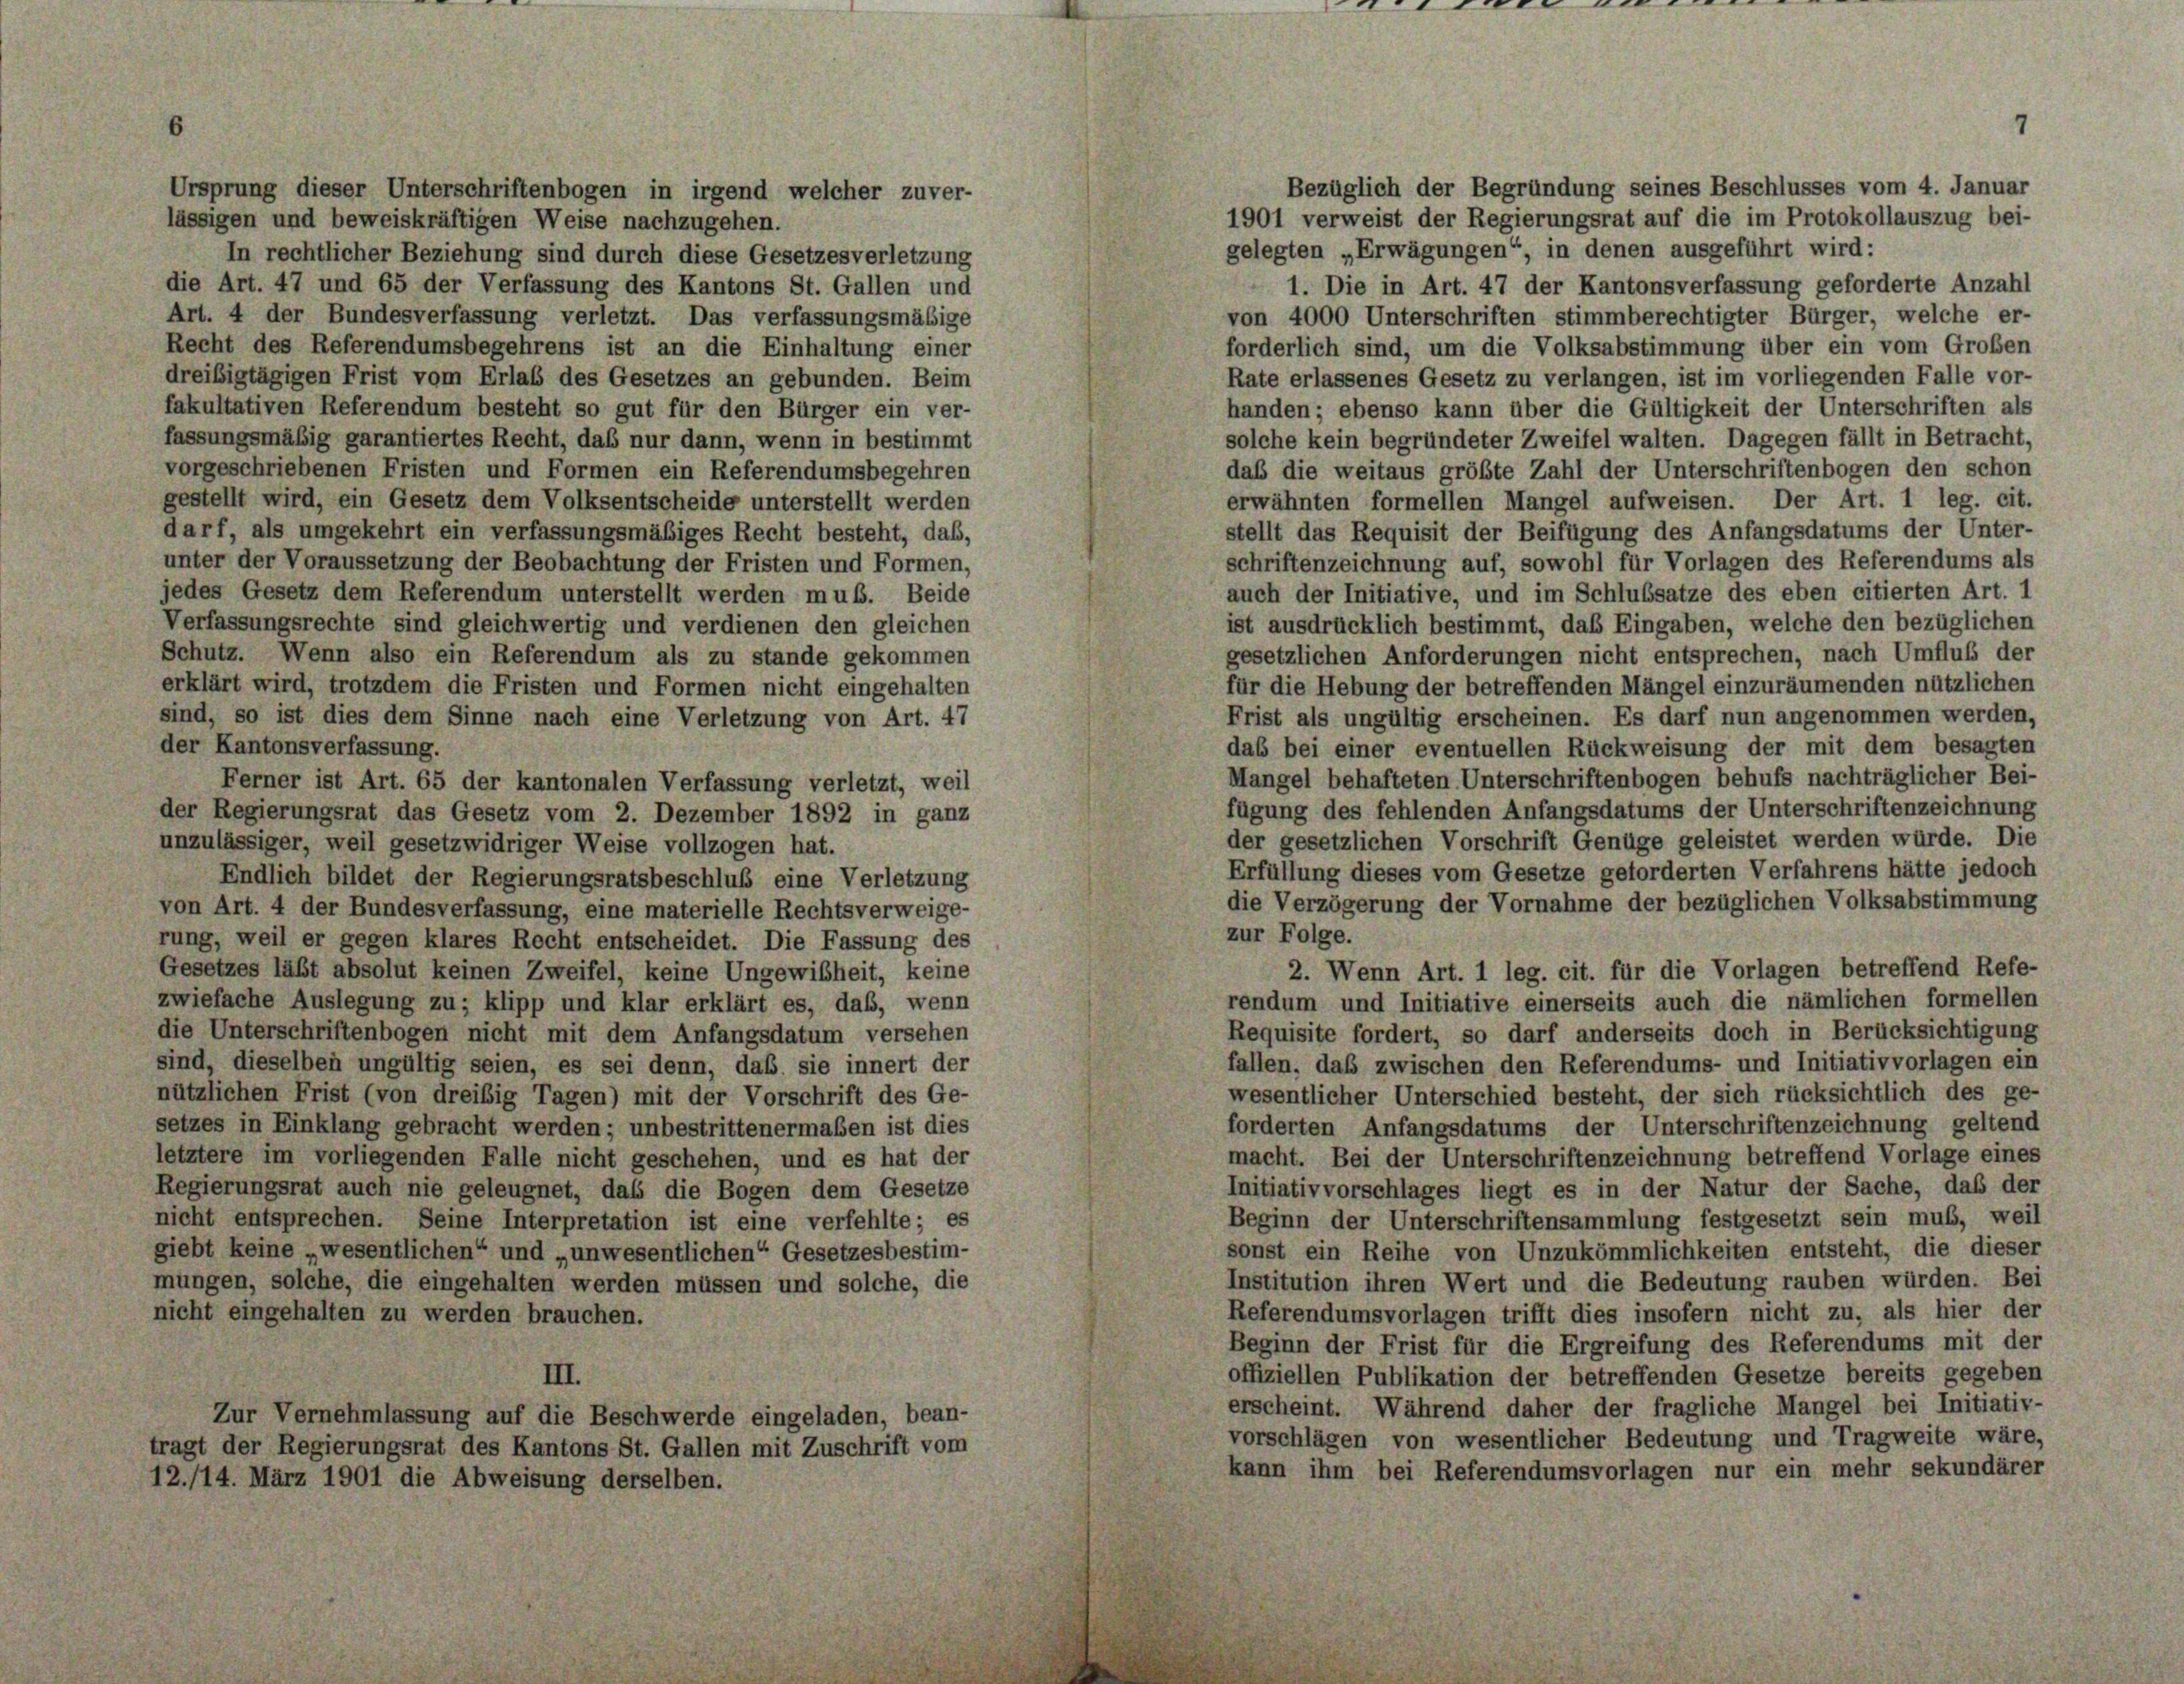
Bezüglich der Begründung seines Beschlusses vom 4. Januar
Ursprung dieser Unterschriftenbogen in irgend welcher zuver-
1901 verweist der Regierungsrat auf die im Protokollauszug bei-
lässigen und beweiskräftigen Weise nachzugehen.
gelegten „Erwägungen“, in denen ausgeführt wird:
In rechtlicher Beziehung sind durch diese Gesetzesverletzung
1. Die in Art. 47 der Kantonsverfassung geforderte Anzahl
die Art. 47 und 65 der Verfassung des Kantons St. Gallen und
Art. 4 der Bundesverfassung verletzt. Das verfassungsmäßige
von 4000 Unterschriften stimmberechtigter Bürger, welche er-
forderlich sind, um die Volksabstimmung über ein vom Großen
Recht des Referendumsbegehrens ist an die Einhaltung einer
Rate erlassenes Gesetz zu verlangen, ist im vorliegenden Falle vor-
dreißigtägigen Frist vom Erlaß des Gesetzes an gebunden. Beim
fakultativen Referendum besteht so gut für den Bürger ein ver-
handen; ebenso kann über die Gültigkeit der Unterschriften als
fassungsmäßig garantiertes Recht, daß nur dann, wenn in bestimmt
solche kein begründeter Zweifel walten. Dagegen fällt in Betracht,
vorgeschriebenen Fristen und Formen ein Referendumsbegehren
das die weitaus größte Zahl der Unterschriftenbogen den schon
gestellt wird, ein Gesetz dem Volksentscheide unterstellt werden
erwähnten formellen Mangel aufweisen. Der Art. 1 leg. cit.
stellt das Requisit der Beifügung des Anfangsdatums der Unter-
darf, als umgekehrt ein verfassungsmäßiges Recht besteht, daß,
unter der Voraussetzung der Beobachtung der Fristen und Formen,
schriftenzeichnung auf, sowohl für Vorlagen des Referendums als
auch der Initiative, und im Schlussätze des eben citierten Art. 1
jedes Gesetz dem Referendum unterstellt werden muß. Beide
Verfassungsrechte sind gleichwertig und verdienen den gleichen
ist ausdrücklich bestimmt, das Eingaben, welche den bezüglichen
gesetzlichen Anforderungen nicht entsprechen, nach Umfluß der
Schutz. Wenn also ein Referendum als zu stande gekommen
für die Hebung der betreffenden Mängel einzuräumenden nützlichen
erklärt wird, trotzdem die Fristen und Formen nicht eingehalten
sind, so ist dies dem Sinne nach eine Verletzung von Art. 47
Frist als ungültig erscheinen. Es darf nun angenommen werden,
der Kantonsverfassung.
das bei einer eventuellen Rückweisung der mit dem besagten
Mangel behafteten. Unterschriftenbogen behufs nachträglicher Bei-
Ferner ist Art. 65 der kantonalen Verfassung verletzt, weil
fügung des fehlenden Anfangsdatums der Unterschriftenzeichnung
der Regierungsrat das Gesetz vom 2. Dezember 1892 in ganz
der gesetzlichen Vorschrift Genüge geleistet werden würde. Die
unzulässiger, weil gesetzwidriger Weise vollzogen hat.
Erfüllung dieses vom Gesetze geforderten Verfahrens hätte jedoch
Endlich bildet der Regierungsratsbeschluß eine Verletzung
die Verzögerung der Vornahme der bezüglichen Volksabstimmung
von Art. 4 der Bundesverfassung, eine materielle Rechtsverweige-
zur Folge.
rung, weil er gegen klares Recht entscheidet. Die Fassung des
2. Wenn Art. 1 leg. cit. für die Vorlagen betreffend Refe-
Gesetzes läßt absolut keinen Zweifel, keine Ungewißheit, keine
rendum und Initiative einerseits auch die nämlichen formellen
zwiefache Auslegung zu; klipp und klar erklärt es, daß, wenn
Requisite fordert, so darf anderseits doch in Berücksichtigung
die Unterschriftenbogen nicht mit dem Anfangsdatum versehen
fallen, daß zwischen den Referendums- und Initiativvorlagen ein
sind, dieselben ungültig seien, es sei denn, daß sie innert der
wesentlicher Unterschied besteht, der sich rücksichtlich des ge-
nützlichen Frist (von dreisig Tagen) mit der Vorschrift des Ge-
forderten Anfangsdatums der Unterschriftenzeichnung geltend
setzes in Einklang gebracht werden; unbestrittenermaßen ist dies
macht. Bei der Unterschriftenzeichnung betreffend Vorlage eines
letztere im vorliegenden Falle nicht geschehen, und es hat der
Initiativvorschlages liegt es in der Natur der Sache, daß der
Regierungsrat auch nie geleugnet, daß die Bogen dem Gesetze
Beginn der Unterschriftensammlung festgesetzt sein muß, weil
nicht entsprechen. Seine Interpretation ist eine verfehlte; es
sonst ein Reihe von Unzukömmlichkeiten entsteht, die dieser
giebt keine „wesentlichen“ und „unwesentlichen“ Gesetzesbestim-
Institution ihren Wert und die Bedeutung rauben würden. Bei
mungen, solche, die eingehalten werden müssen und solche, die
Referendumsvorlagen trifft dies insofern nicht zu, als hier der
nicht eingehalten zu werden brauchen.
Beginn der Frist für die Ergreifung des Referendums mit der
offiziellen Publikation der betreffenden Gesetze bereits gegeben
III.
erscheint. Während daher der fragliche Mangel bei Initiativ-
Zur Vernehmlassung auf die Beschwerde eingeladen, bean-
vorschlägen von wesentlicher Bedeutung und Tragweite wäre.
tragt der Regierungsrat des Kantons St. Gallen mit Zuschrift vom
kann ihm bei Referendumsvorlagen nur ein mehr sekundärer
12./14. März 1901 die Abweisung derselben.